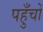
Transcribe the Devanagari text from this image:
पहुँचों